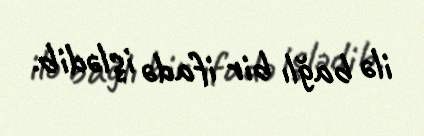
ilə bağlı bir ifadə işlədib.